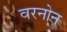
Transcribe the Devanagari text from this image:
वरनोन